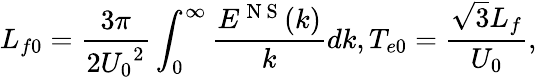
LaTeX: {{L}_{f0}}=\frac{3\pi}{2{{U}_{0}}^{2}}\int_{0}^{\infty}{\frac{{{E}^{\mathrm{~N~S~}}}(k)}{k}dk},{{T}_{e0}}=\frac{\sqrt{3}{{L}_{f}}}{{{U}_{0}}},